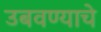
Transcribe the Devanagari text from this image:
उबवण्याचे